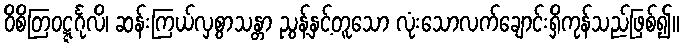
ဝိစိတြဝဋ္ဋင်္ဂုလိ၊ ဆန်းကြယ်လှစွာသန္တာ ညွန့်နှင့်တူသော လုံးသောလက်ချောင်းရှိကုန်သည်ဖြစ်၍။